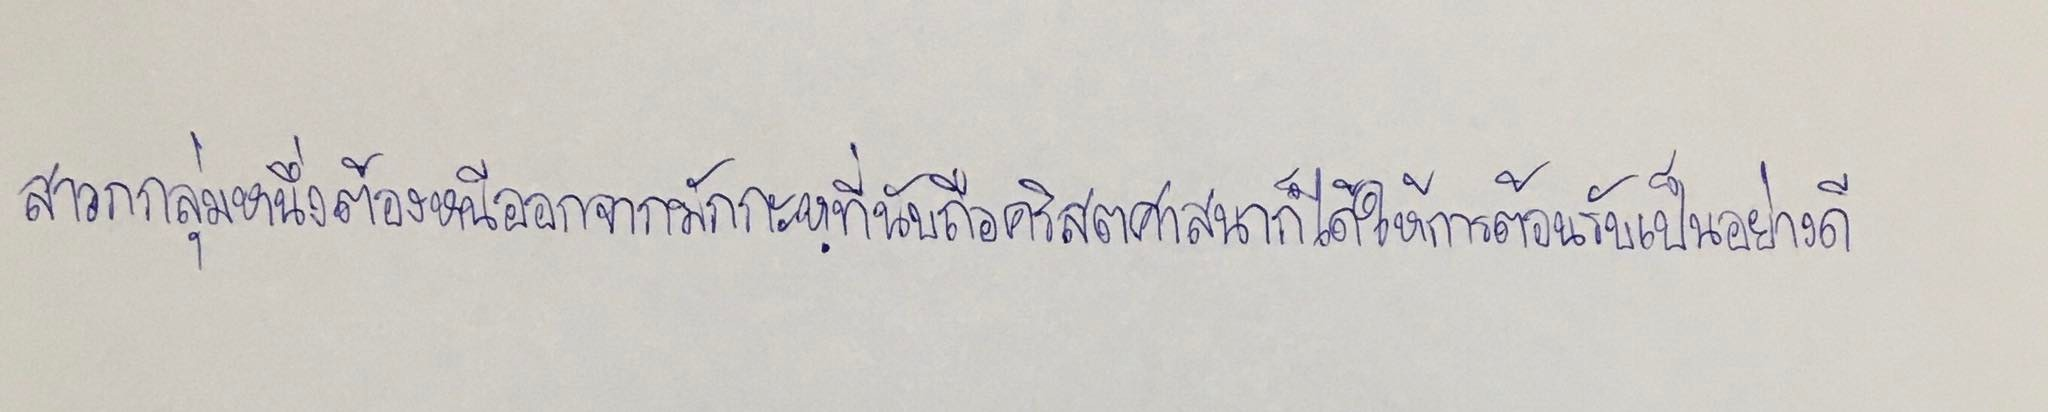
สาวกกลุ่มหนึ่งต้องหนีออกจากมักกะหฺที่นับถือคริสตศาสนาก็ได้ให้การต้อนรับเป็นอย่างดี